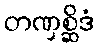
တဏှစ္ဆိဒံ